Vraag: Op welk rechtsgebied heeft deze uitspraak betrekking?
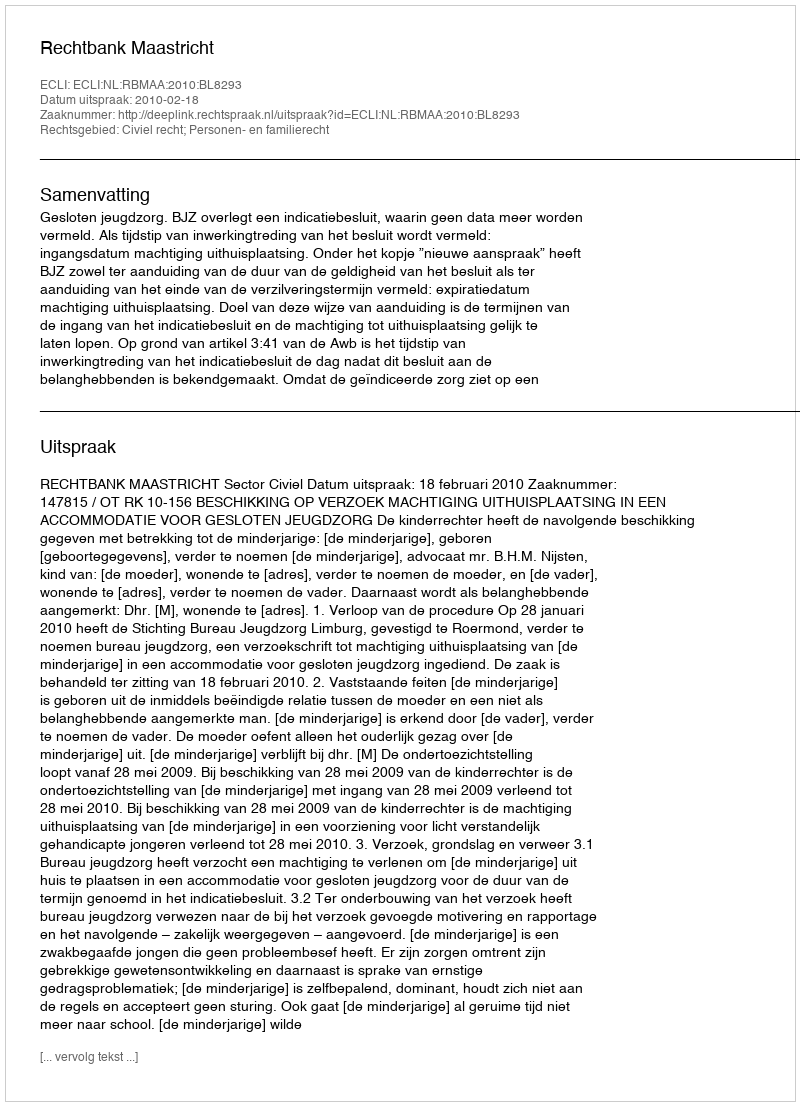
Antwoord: Civiel recht; Personen- en familierecht